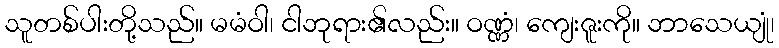
သူတစ်ပါးတို့သည်။ မမံဝါ၊ ငါဘုရား၏လည်း။ ဝဏ္ဏံ၊ ကျေးဇူးကို။ ဘာသေယျုံ၊